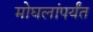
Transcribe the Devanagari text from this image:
मोघलांपर्यंत